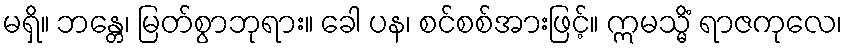
မရှိ။ ဘန္တေ၊ မြတ်စွာဘုရား။ ခေါ ပန၊ စင်စစ်အားဖြင့်။ ဣမသ္မိံ ရာဇကုလေ၊